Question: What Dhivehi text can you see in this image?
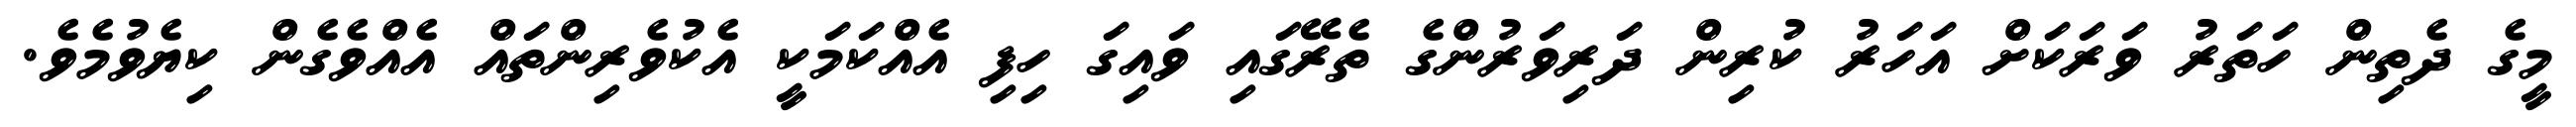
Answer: މީގެ ދެތިން ހަތަރު ވަރަކަށް އަހަރު ކުރިން ދަރިވަރުންގެ ތެރޭގައި ވައިގަ ހިފި އެއްކަމަކީ އެކުވެރިންތައް އެއްވެގެން ކިޔެވުމެވެ.